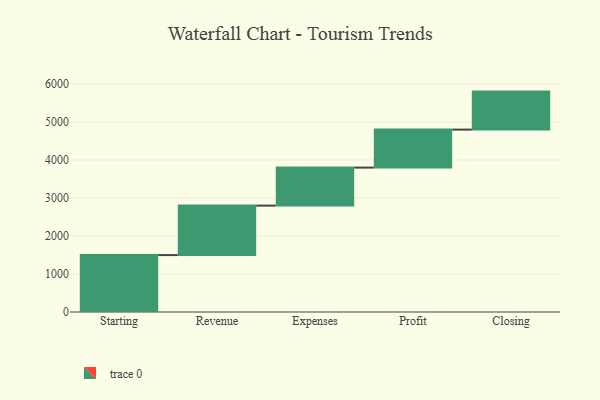
{"axis": {"x": "Step", "y": "Value"}, "legend": [""], "data": [{"x": "Starting", "y": 1498.0, "type": ""}, {"x": "Revenue", "y": 1302.0, "type": ""}, {"x": "Expenses", "y": 1000, "type": ""}, {"x": "Profit", "y": 1000, "type": ""}, {"x": "Closing", "y": 1000, "type": ""}]}